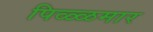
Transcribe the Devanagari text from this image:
पिळ्ळमार